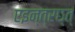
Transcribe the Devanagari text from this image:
एइन्त्रछ्त्